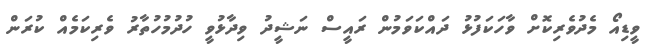
ވީޑިއޯ މެދުވެރިކޮށް ވާހަކަފުޅު ދައްކަވަމުން ރައީސް ނަޝީދު ވިދާޅުވީ ހުދުމުހުތާރު ވެރިކަމެއް ކުރަން